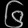
Digit: ၆